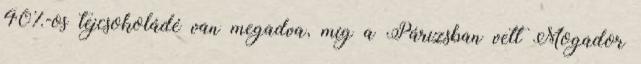
40%-os tejcsokoládé van megadva, míg a Párizsban vett Mogador